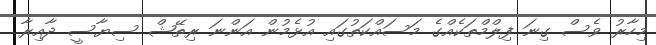
މިހާރު ވެސް ގިނަ ފިލްމްތަކެއްގެ މަސައްކަތުގައި އުޅެމުން އަންނަ ރިތޭޝް ސިޔާސީ ދާއިރާ